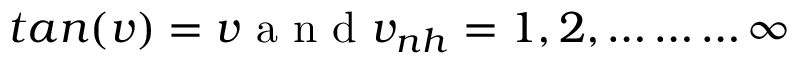
t a n ( v ) = v \mathrm { ~ a ~ n ~ d ~ } v _ { n h } = 1 , 2 , \dots \dots \dots \infty